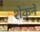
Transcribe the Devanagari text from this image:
शेकने